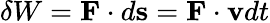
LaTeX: \delta W=\mathbf{F}\cdot d\mathbf{s}=\mathbf{F}\cdot\mathbf{v}dt